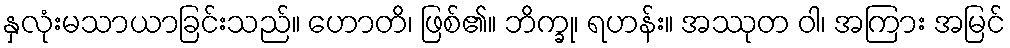
နှလုံးမသာယာခြင်းသည်။ ဟောတိ၊ ဖြစ်၏။ ဘိက္ခု၊ ရဟန်း။ အဿုတ ဝါ၊ အကြား အမြင်